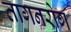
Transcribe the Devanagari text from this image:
तागनरोग